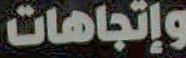
وإتجاهات